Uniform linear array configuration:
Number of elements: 16
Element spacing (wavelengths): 0.25
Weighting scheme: hann
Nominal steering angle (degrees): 15
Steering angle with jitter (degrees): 16.135
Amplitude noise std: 0.05
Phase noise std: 0.05

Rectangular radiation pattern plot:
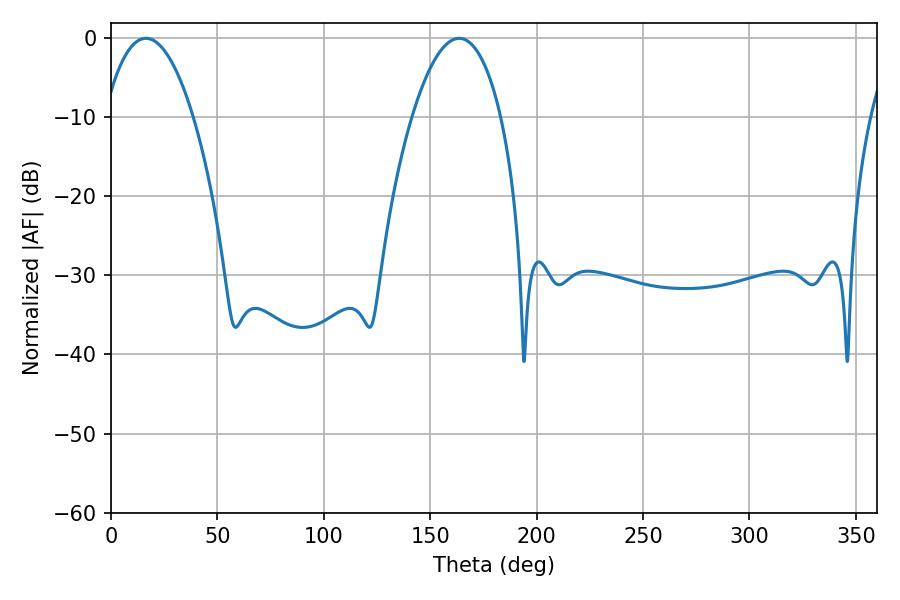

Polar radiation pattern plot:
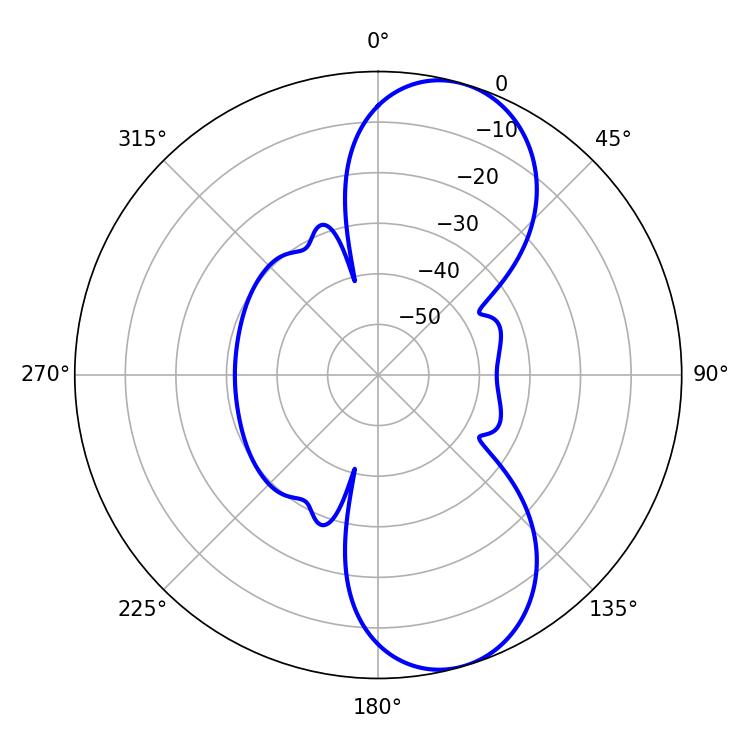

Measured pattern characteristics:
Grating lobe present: FALSE
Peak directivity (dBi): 9.02
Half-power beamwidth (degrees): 23.22
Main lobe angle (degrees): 16.38